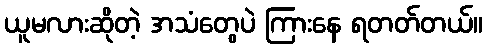
ယူမလားဆိုတဲ့ အသံတွေပဲ ကြားနေ ရတတ်တယ်။